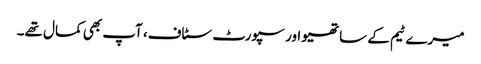
میرے ٹیم کے ساتھیو اور سپورٹ سٹاف، آپ بھی کمال تھے۔